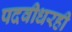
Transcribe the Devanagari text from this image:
पदवीधरही